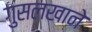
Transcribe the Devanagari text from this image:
गुसलखाने